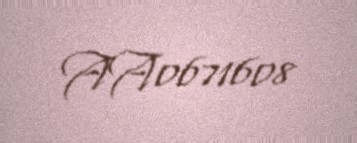
AA0671608